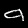
Digit: 9